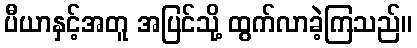
ပီယာနှင့်အတူ အပြင်သို့ ထွက်လာခဲ့ကြသည်။